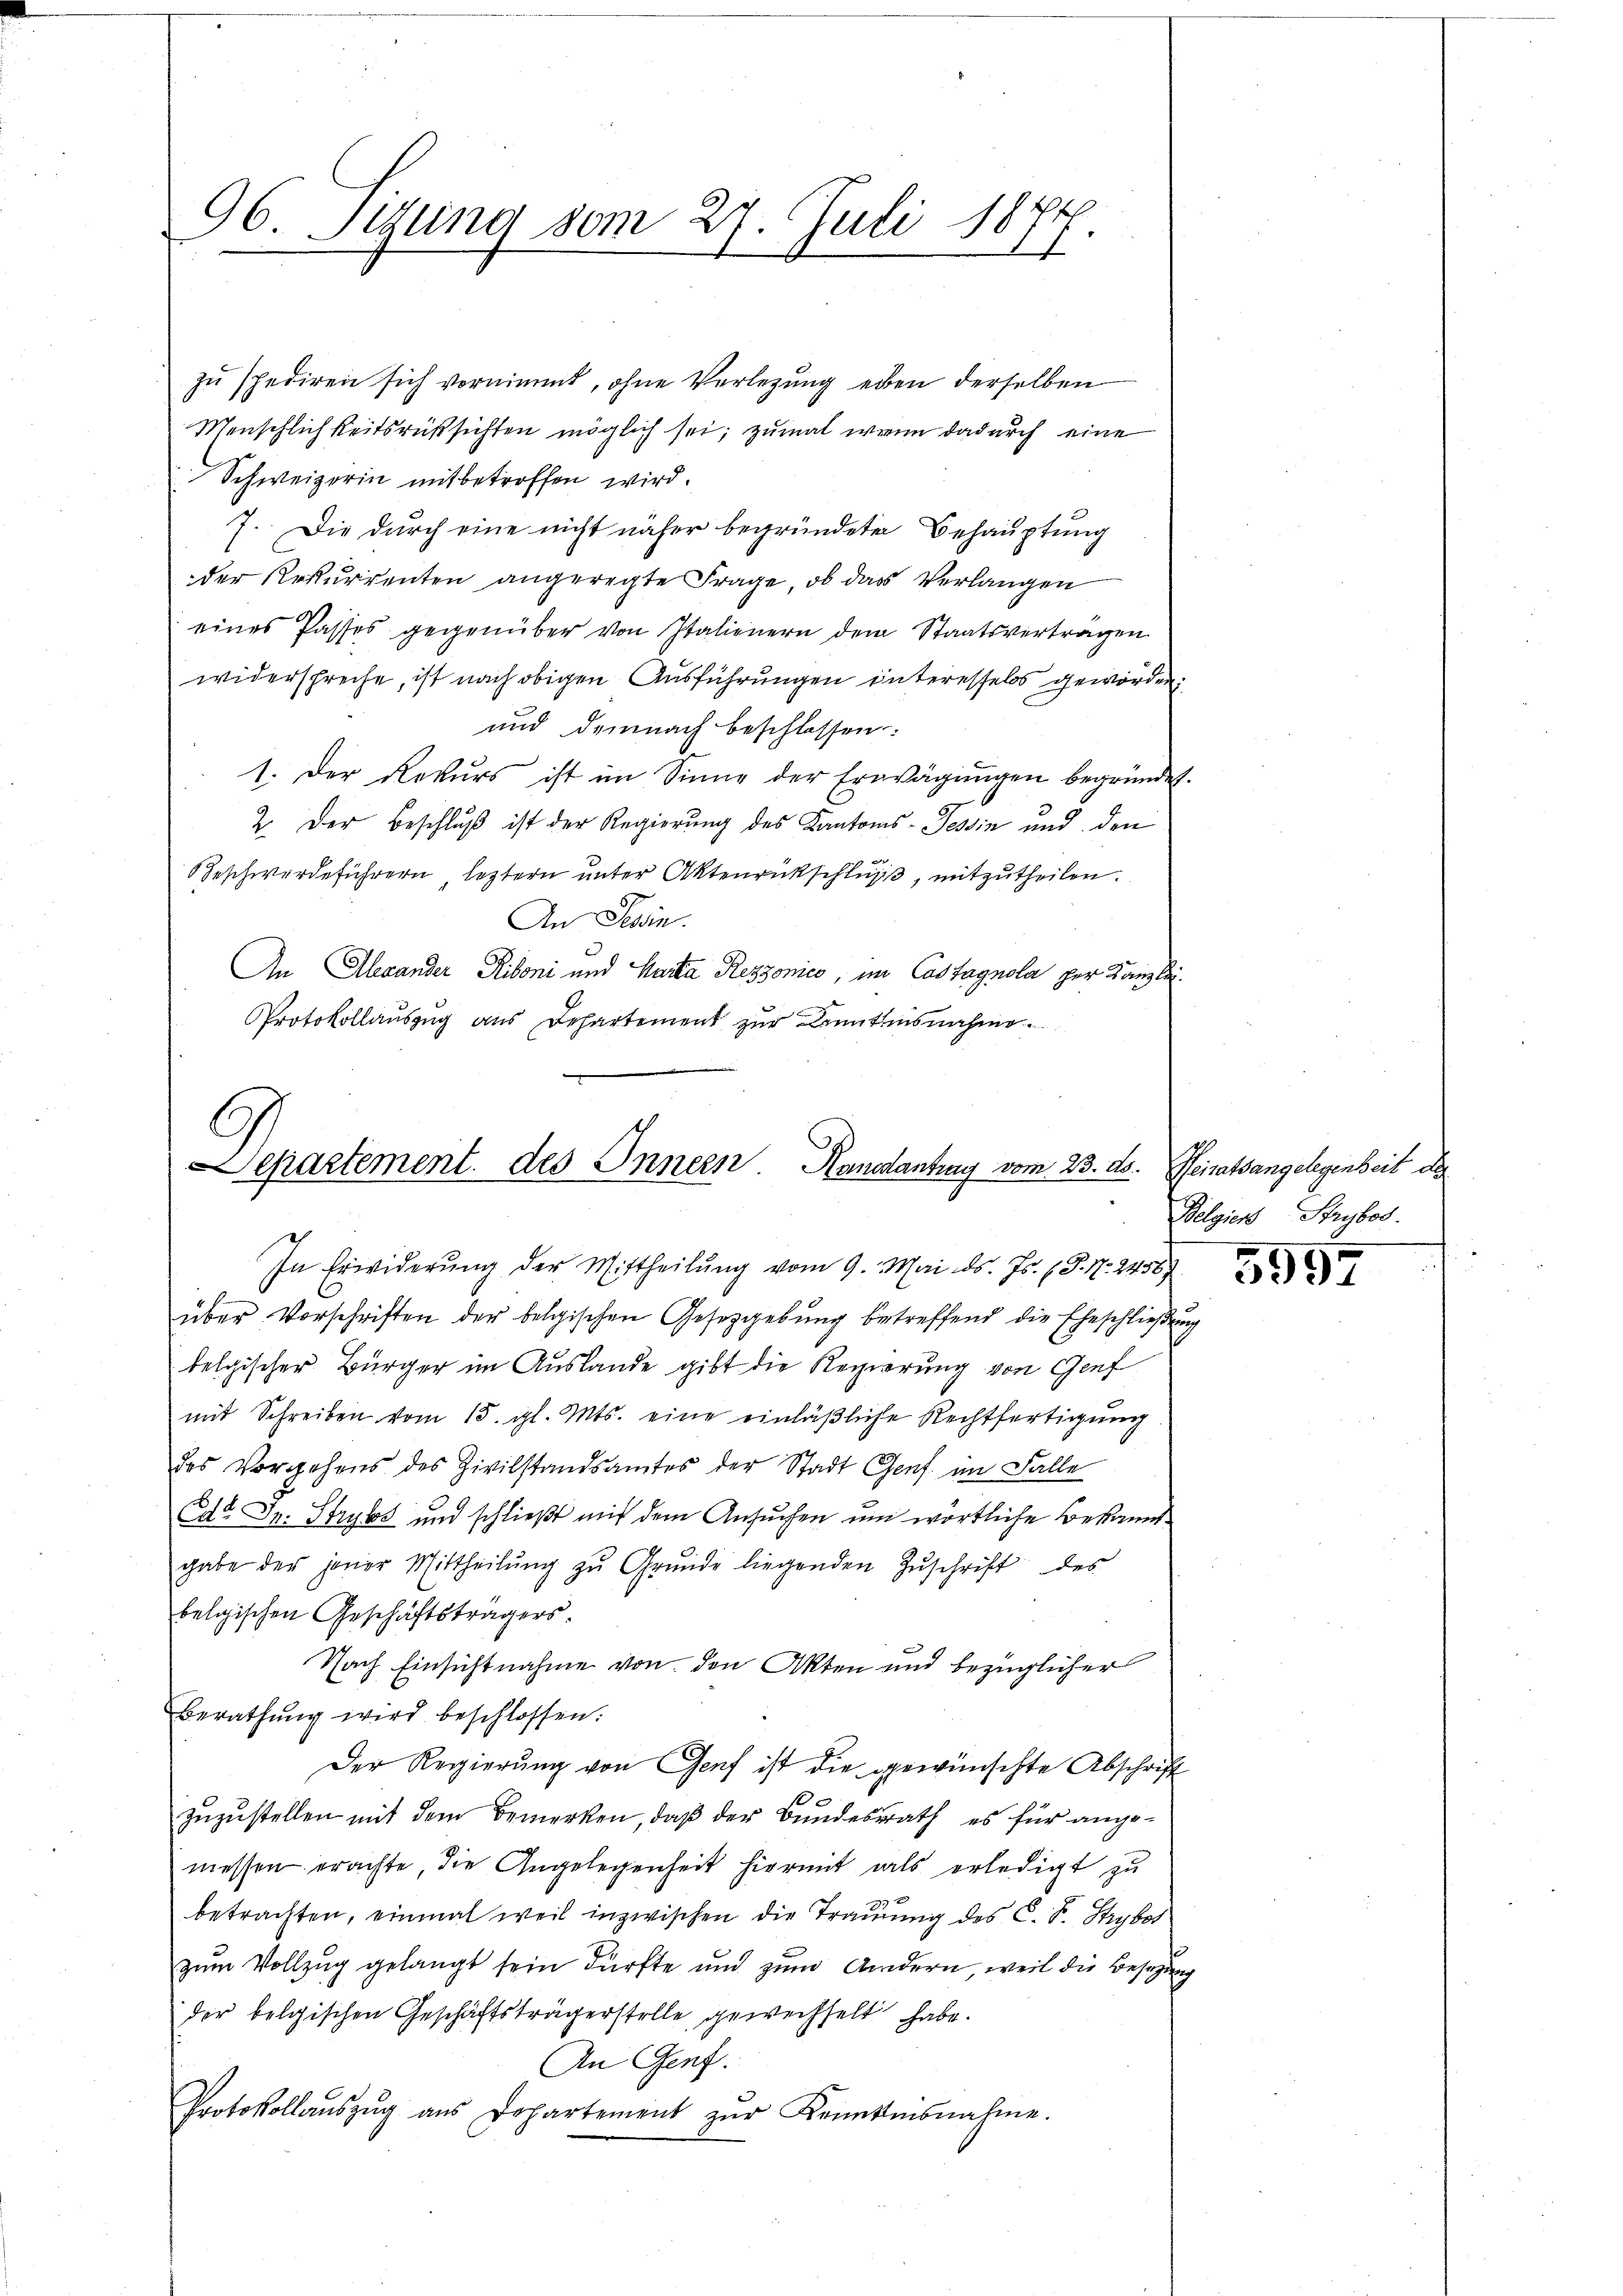
96 Sedung vom 27. Juli 187
1

zŭ spediren sich vornimmt, ohne Verlegung eben derselben
Menschlichkeitsrussichten möglich sei, zumal wenn dadurch eine
Schweizerin mitbetroffen wird.
7. Die durch eine nicht näher begründeter Behauptung
der Rekurrenten angeregte Frage, ob das Verlangen
eines Passes gegenüber von Italienern dem Staatsvertragen
widerspreche, ist nach obigen Ausführungen interesselos geworden.
und demnach beschlossen:
1. Der Rekurs ist im Sinne der Erwägŭngen begründet.
2. Der Beschlŭβ ist der Regierung des Kantons-Tessin und den
Beschwerdeführern leztern unter Aktenrückschluß, mitzutheilen.
An Tessin.
An Alexander Riboni und Marta Rezzonico, im Castagnola per Kanzlei¬
Protokollauszug aus Departement zur Kenntnisnahme

G.
epartement. des Innern Handanting vom 23. ds.

In Erwiderung der Mittheilŭng vom 9. Mai d. Js. (T. N. 2456)
über Vorschriften der belgischen Gesetzgebung betreffend die Eheschließung
belgischer Bürger im Auslande gibt die Regierung von Genf
mit Schreiben vom 15. gl. Mts. eine einläßliche Rechtfertigung
des Vorgehens des Zivilstandsamtes der Stadt Genf im Falle
Edt Dr. Strybs und schließt mit dem Ansuchen um wörtliche Bekanntgabe der jener Mittheilŭng zŭ Grŭnde liegenden Zŭschrift des
belgischen Geschäftsträgers.
Nach Einsichtnahme von den Akten und bezüglicher
Berathŭng wird beschlossen:
Der Regierung von Genf ist die gewünschte Abschrift
zuzustellen mit dem Bemerken, daß der Bundesrath, es für angemessen erachte, die Angelegenheit hiermit als erledigt zu
betrachten, einmal weil inzwischen die Trauung des C. S. Strybot
zum Vollzug gelangt sein dürfte und zum Andern weil die Besizung
der belgischen Geschäftsträgerstelle gewechselt habe.
An Genf.
Protokollaŭszŭg aŭs Departement zŭr Kenntnisnahme.

Peiratsangelegenheit de
Belgien Strybod.

5997